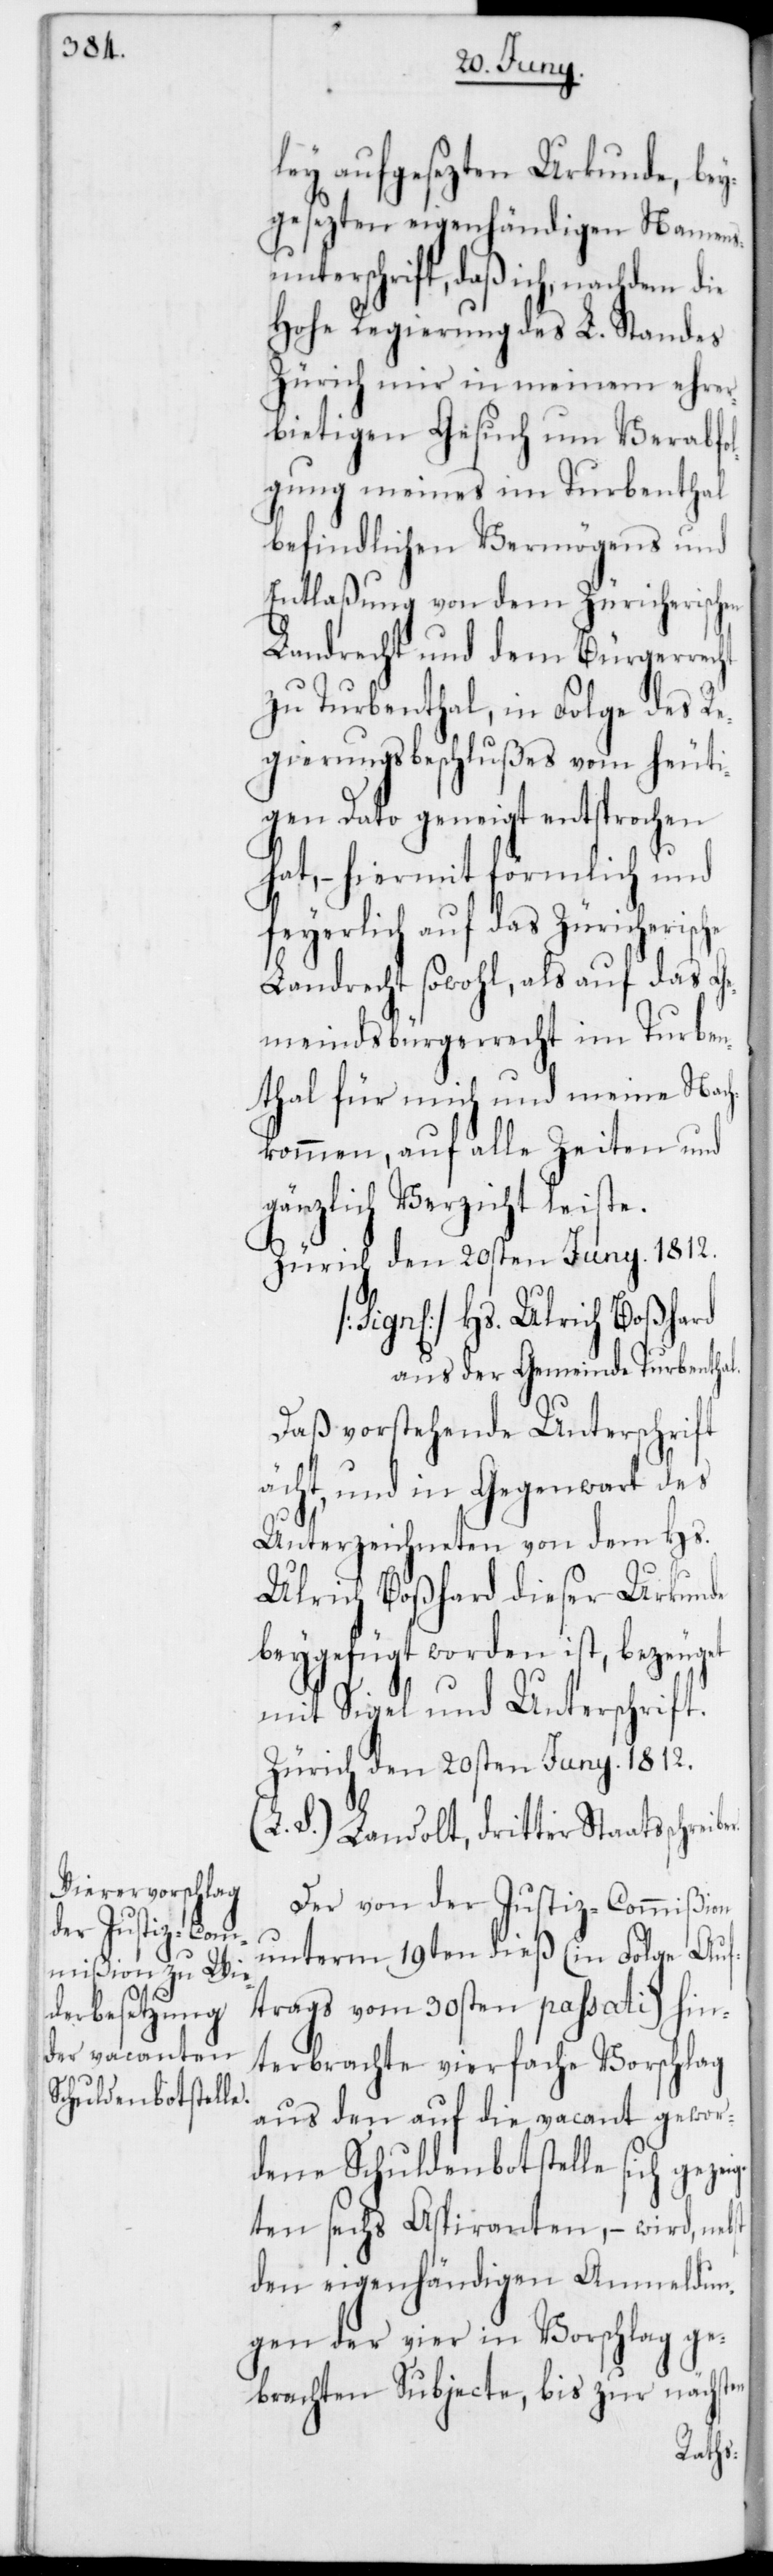
ber.

ley aufgesezten Urkunde, bey¬
gesezten eigenhändigen Namens¬
unterschrift, daß ich, nachdem
Hohe Regierung des L. Standes
Zürich mir in meinem ehrer¬
bietigen Gesuch um Verabfo¬
lgung meines im Turbenthal
befindlichen Vermögens und
Entlaßung von dem Zürcherischen
Landrecht und dem Bürgerrecht
zu Turbenthal, in Folge des Re¬
gierungsbeschlußes vom heuti¬
gen Dato geneigt entsprochen
hat, – hiermit förmlich und
feyerlich auf das Zürcherische
Landrecht sowohl, als auf das Ge¬
meindsbürgerrecht im Turben¬
thal für mich und meine Nach¬
kommen, auf alle Zeiten und
gänzlich Verzicht leiste.
Hs. Ulrich Boßhard
aus der Gemeinde Turbenthal.
Daß vorstehende Unterschrift
echt, und in Gegenwart des
Unterzeichneten von dem Hs.
Ulrich Boßhard dieser Urkunde
beygefügt worden ist, bezeuget
mit Siegel und Unterschrift.
Zürich, den 20sten Juny. 1812.
S.) Landolt, dritter Staatsschrei¬
Der von der Justiz-Commißon
unterm 19ten dieß (in Folge Auf¬
trags vom 30sten passati) hin¬
terbrachte vierfache Vorschlag
aus den auf die vacant gewor¬
dene Schuldenbotstelle sich gezei¬
gten sechs Aspiranten, – wird, nebst
den eigenhändigen Anmeldun¬
gen der vier in Vorschlag ge¬
brachten Subjecte, bis zur nächsten